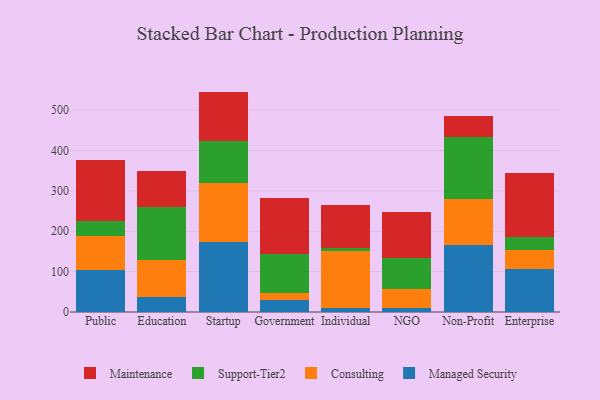
{"axis": {"x": "Segment", "y": "Net Income (USD K)"}, "legend": ["Consulting", "Maintenance", "Managed Security", "Support-Tier2"], "data": [{"x": "Public", "y": 103.7, "type": "Managed Security"}, {"x": "Public", "y": 83.9, "type": "Consulting"}, {"x": "Public", "y": 38.9, "type": "Support-Tier2"}, {"x": "Public", "y": 149.4, "type": "Maintenance"}, {"x": "Education", "y": 36.5, "type": "Managed Security"}, {"x": "Education", "y": 93.5, "type": "Consulting"}, {"x": "Education", "y": 130.6, "type": "Support-Tier2"}, {"x": "Education", "y": 89.9, "type": "Maintenance"}, {"x": "Startup", "y": 174.0, "type": "Managed Security"}, {"x": "Startup", "y": 146.3, "type": "Consulting"}, {"x": "Startup", "y": 103.5, "type": "Support-Tier2"}, {"x": "Startup", "y": 122.3, "type": "Maintenance"}, {"x": "Government", "y": 29.6, "type": "Managed Security"}, {"x": "Government", "y": 17.6, "type": "Consulting"}, {"x": "Government", "y": 95.4, "type": "Support-Tier2"}, {"x": "Government", "y": 139.9, "type": "Maintenance"}, {"x": "Individual", "y": 8.9, "type": "Managed Security"}, {"x": "Individual", "y": 142.5, "type": "Consulting"}, {"x": "Individual", "y": 6.9, "type": "Support-Tier2"}, {"x": "Individual", "y": 107.3, "type": "Maintenance"}, {"x": "NGO", "y": 10.0, "type": "Managed Security"}, {"x": "NGO", "y": 46.5, "type": "Consulting"}, {"x": "NGO", "y": 76.9, "type": "Support-Tier2"}, {"x": "NGO", "y": 113.2, "type": "Maintenance"}, {"x": "Non-Profit", "y": 165.2, "type": "Managed Security"}, {"x": "Non-Profit", "y": 113.7, "type": "Consulting"}, {"x": "Non-Profit", "y": 154.4, "type": "Support-Tier2"}, {"x": "Non-Profit", "y": 51.3, "type": "Maintenance"}, {"x": "Enterprise", "y": 106.9, "type": "Managed Security"}, {"x": "Enterprise", "y": 47.0, "type": "Consulting"}, {"x": "Enterprise", "y": 31.0, "type": "Support-Tier2"}, {"x": "Enterprise", "y": 158.5, "type": "Maintenance"}]}